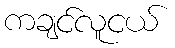
ကချင်လူငယ်